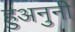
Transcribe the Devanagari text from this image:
हुअनुनी